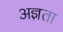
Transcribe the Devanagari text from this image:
अज्ञता